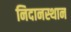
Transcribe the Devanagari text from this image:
निदानस्थान